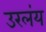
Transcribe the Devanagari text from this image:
उरलंय